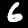
Digit: 6